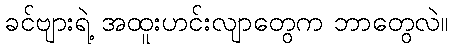
ခင်ဗျားရဲ့ အထူးဟင်းလျာတွေက ဘာတွေလဲ။